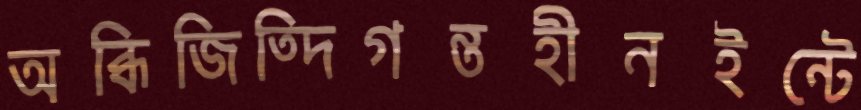
অব্ধিজিত্দিগন্তহীনইন্টে